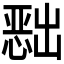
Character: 𭞔